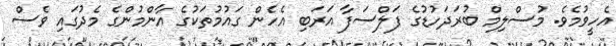
އެހީވުމެވެ. މުސްލިމް ބުރަދަހުޑުގެ ފަލްސަފާ އަރަބި އެހެން ގައުމުތަކުގެ އާންމުންގެ މެދުގައި ވެސް